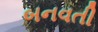
બનવતી